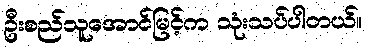
ဦးစည်သူအောင်မြင့်က သုံးသပ်ပါတယ်။